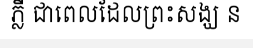
ភ្លឺ ជាពេលដែលព្រះសង្ឃ ន